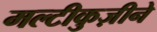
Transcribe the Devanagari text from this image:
मल्टीकुज़ीने